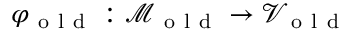
\varphi _ { \mathrm { ~ o ~ l ~ d ~ } } : \mathcal { M } _ { \mathrm { ~ o ~ l ~ d ~ } } \to \mathcal { V } _ { \mathrm { ~ o ~ l ~ d ~ } }